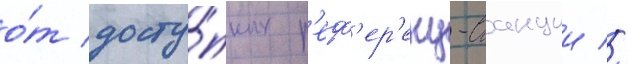
о́т досту́пных р'еф'ер'енц-станции //